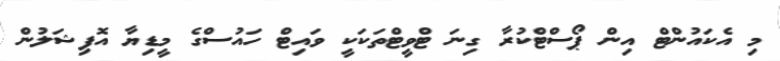
މި އެކައުންޓް އިން ޕޯސްޓްކުރާ ގިނަ ޓްވީޓްތަކަކީ ވައިޓް ހައުސްގެ މީޑިޔާ އޮފިޝަލުން